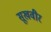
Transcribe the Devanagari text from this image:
सूखवीर